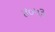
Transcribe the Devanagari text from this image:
४०५३